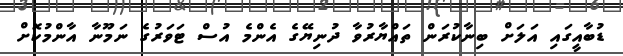
ޑުބާއީގައި އަލަށް ބިނާކުރަން ތައްޔާރުވާ ދުނިޔޭގެ އެންމެ އުސް ޓަވަރުގެ ނަމޫނާ އާންމުކޮށް